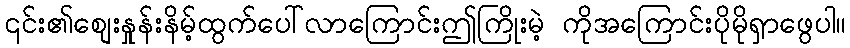
၎င်း၏စျေးနှုန်းနိမ့်ထွက်ပေါ်လာကြောင်းဤကြိုးမဲ့ ကိုအကြောင်းပိုမိုရှာဖွေပါ။